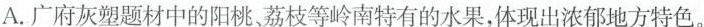
A.广府从塑题材中的阳桃、枝等岭南特有的水果，体现出浓郁地方特色。C.广府灰塑题材中的”刘关张”结义的故事，宜扬忠义思想，体现教化功能。D.广府灰塑的各种题材最常川的表现技法是高浮，塑造动物图案难度最大，：5.选文(含链接材料)用了哪些说明方法?请分点列出并举例。(4分)17.广州市为灰中报”国家级非物质文化遗产代表性项目”，获得通过。称认为通过的理由可能有哪些?请结合文本分点陈述。(5分)